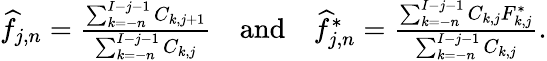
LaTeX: \begin{array}{r}{\widehat{f}_{j,n}=\frac{\sum_{k=-n}^{I-j-1}C_{k,j+1}}{\sum_{k=-n}^{I-j-1}C_{k,j}}\quad\mathrm{and}\quad\widehat{f}_{j,n}^{*}=\frac{\sum_{k=-n}^{I-j-1}C_{k,j}F_{k,j}^{*}}{\sum_{k=-n}^{I-j-1}C_{k,j}}.}\end{array}